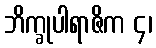
ဘိက္ခုပါရာဇိက ၄၊